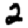
Digit: 2